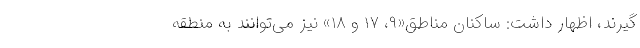
گیرند، اظهار داشت: ساکنان مناطق«۹، ۱۷ و ۱۸» نیز می‌توانند به منطقه